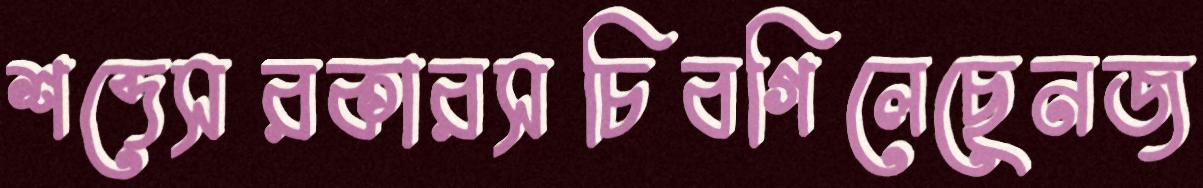
শব্দেসরকারসচিবগিলেছেনজ